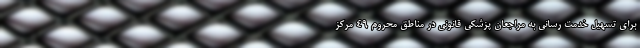
برای تسهیل خدمت رسانی به مراجعان پزشکی قانونی در مناطق محروم ۴۹ مرکز